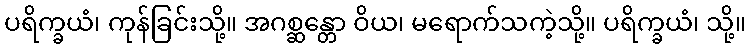
ပရိက္ခယံ၊ ကုန်ခြင်းသို့။ အဂစ္ဆန္တော ဝိယ၊ မရောက်သကဲ့သို့။ ပရိက္ခယံ၊ သို့။